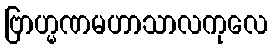
ဗြာဟ္မဏမဟာသာလကုလေ